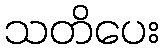
သတိပေး